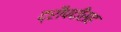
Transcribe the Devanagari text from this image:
द्रौपदीसह